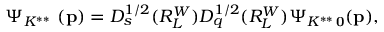
\Psi _ { K ^ { * * } \, { \bf \Delta } } ( { \bf p } ) = D _ { s } ^ { 1 / 2 } ( R _ { L _ { \bf \Delta } } ^ { W } ) D _ { q } ^ { 1 / 2 } ( R _ { L _ { \bf \Delta } } ^ { W } ) \Psi _ { K ^ { * * } \, { \bf 0 } } ( { \bf p } ) ,